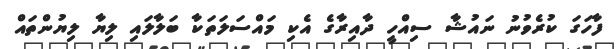
ފާހަގަ ކުރެވުނު ނައުޝާ ސިއްހީ ދާއިރާގެ އެކި މައްސަލަތަކާ ބަލާލައި ލިޔާ ލިޔުންތައް